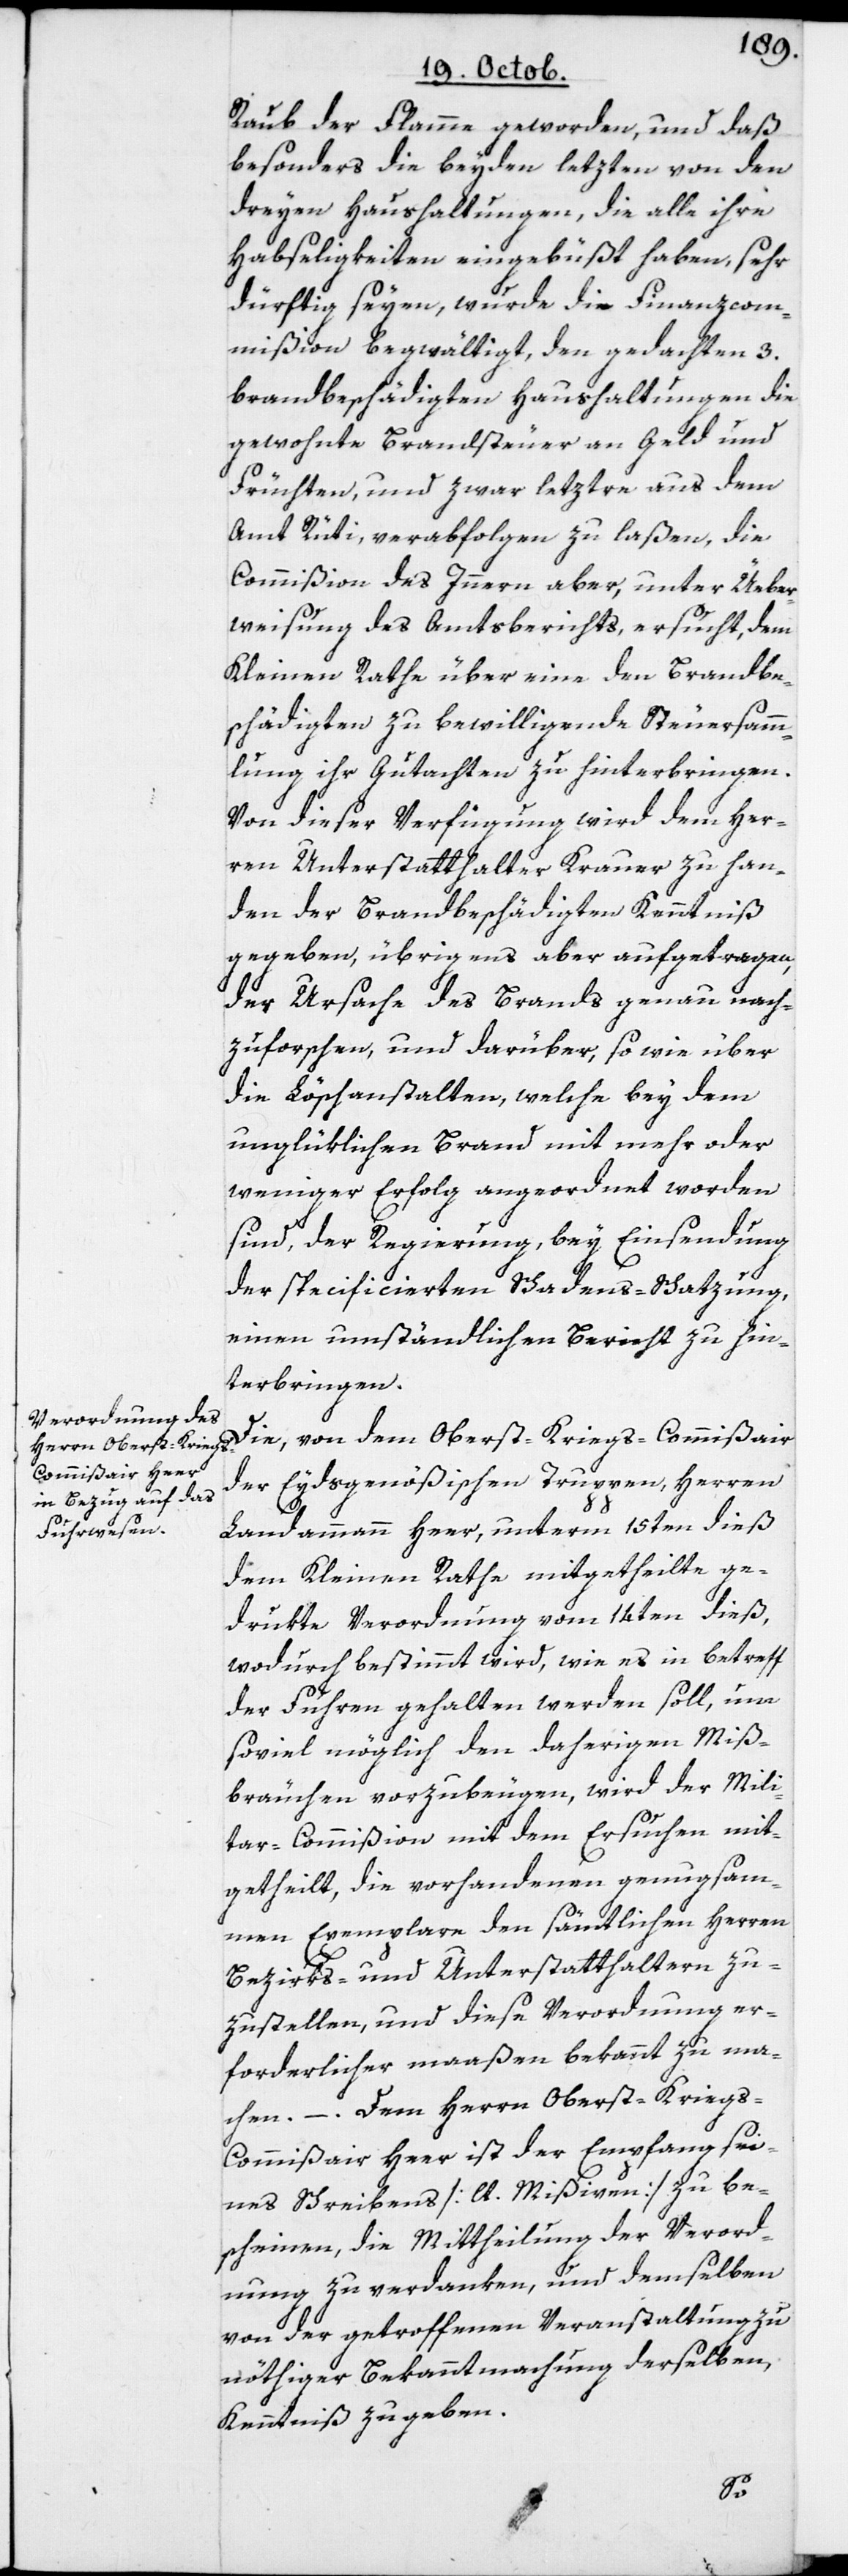
Raub der Flamme geworden, und daß
besonders die beyden letzten von den
dreyen Haushaltungen, die alle ihre
Habseligkeiten eingebüßt haben, sehr
dürftig seyen, wurde die Finanzcom¬
mißion begwältigt, den gedachten 3.
brandbeschädigten Haushaltungen die
gewohnte Brandsteuer an Geld und
Früchten, und zwar letztre aus dem
Amt Rüti, verabfolgen zu laßen, die
Commißion des Innern aber, unter Üeber¬
weisung des Amtsberichts, ersucht, dem
Kleinen Rathe über eine den Brandbe¬
schädigten zu bewilligende Steuersamm¬
lung ihr Gutachten zu hinterbringen.
Von dieser Verfügung wird dem Her¬
ren Unterstatthalter Krauer zu Han¬
den der Brandbeschädigten Kenntniß
gegeben, übrigens aber aufgetragen,
der Ursache des Brands genau nach¬
zuforschen, und darüber, sowie über
die Löschanstalten, welche bey dem
unglüklichen Brand mit mehr oder
weniger Erfolg angeordnet worden
sind, der Regierung bey Einsendung
der specificierten Schadens-Schatzung,
einen umständlichen Bericht zu hin¬
terbringen.
Die, von dem Oberst-Kriegs-Commißair
der Eydsgenößischen Truppen, Herren
Landammann Heer, unterm 15ten dieß
dem Kleinen Rathe mitgetheilte ge¬
drukte Verordnung vom 14ten dieß,
wodurch bestimmt wird, wie es in Betreff
der Fuhren gehalten werden soll, um
soviel möglich den daherigen Miß¬
bräuchen vorzubeugen, wird der Mili¬
tar-Commißion mit dem Ersuchen mit¬
getheilt, die vorhandenen genugsa¬
men Exemplare den sämmtlichen Herren
Bezirks- und Unterstatthaltern zu¬
zustellen, und diese Verordnung er¬
forderlicher maaßen bekannt zu ma¬
chen. – Dem Herrn Oberst-Krieg¬
s-Commißair Heer ist der Empfang sei¬
nes Schreibens [lt. Mißiven] zu be¬
scheinen, die Mittheilung der Verord¬
nung zu verdanken, und demselben
von der getroffenen Veranstaltung zu
nöthiger Bekanntmachung derselben,
Kenntniß zu geben.